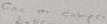
Text: Car or comper